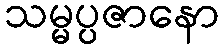
သမ္မပ္ပဇာနော